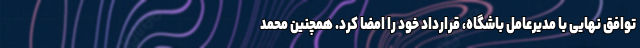
توافق نهایی با مدیرعامل باشگاه، قرارداد خود را امضا کرد. همچنین محمد